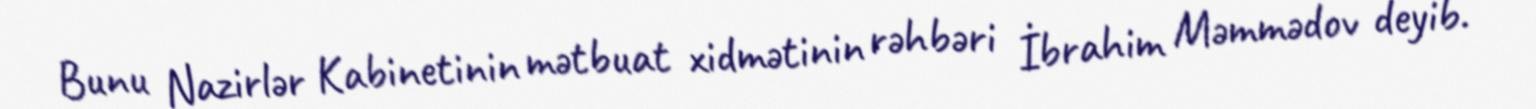
Bunu Nazirlər Kabinetinin mətbuat xidmətinin rəhbəri İbrahim Məmmədov deyib.